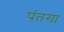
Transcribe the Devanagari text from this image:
पंतगा